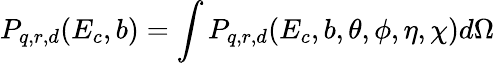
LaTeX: P_{q,r,d}(E_{c},b)=\int P_{q,r,d}(E_{c},b,\theta,\phi,\eta,\chi){d}\Omega